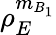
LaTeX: \rho_{E}^{{{m}_{B_{1}}}}